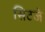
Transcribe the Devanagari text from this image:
सिटजे